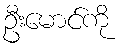
ဦးမောင်ကို